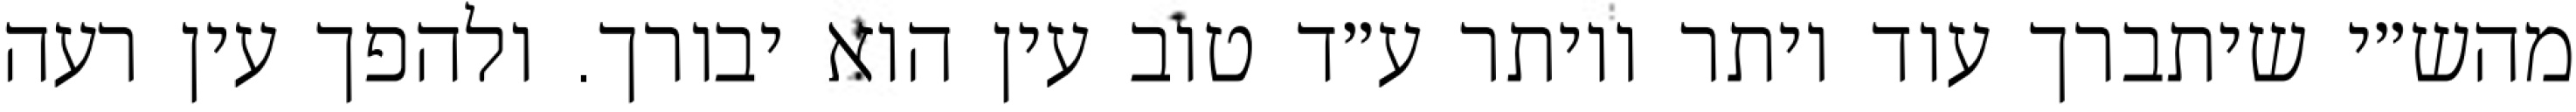
מהש״י שיתברך עוד יותר ויותר ע״ד טוב עין הוא יבורך. ולהפך עין רעה